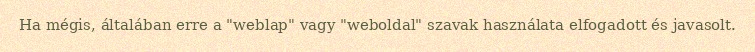
Ha mégis, általában erre a "weblap" vagy "weboldal" szavak használata elfogadott és javasolt.